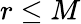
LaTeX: r\le M